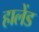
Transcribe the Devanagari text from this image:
हालेंड